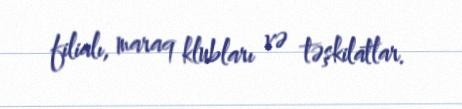
filialı, maraq klubları və təşkilatlar.